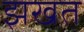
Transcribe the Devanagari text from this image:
झखत